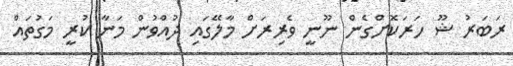
ރަބަރު ޝޫ ހަރަކޮށްގެން ނޫނީ ވެރިރަށް މާލޭގައި ދުއްވުން މަނާ ކުރީ މަގުތައް